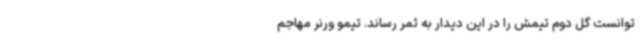
توانست گل دوم تیمش را در این دیدار به ثمر رساند. تیمو ورنر مهاجم